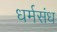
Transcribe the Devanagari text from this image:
धर्मसंध